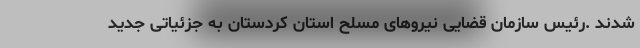
شدند .رئیس سازمان قضایی نیرو‌های مسلح استان کردستان به جزئیاتی جدید